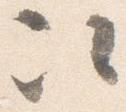
次